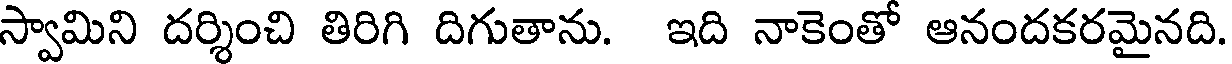
స్వామిని దర్శించి తిరిగి దిగుతాను. ఇది నాకెంతో ఆనందకరమైనది.